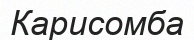
Карисомба